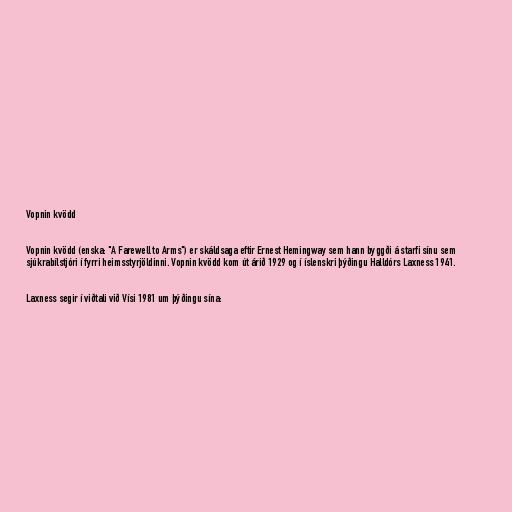
Vopnin kvödd

Vopnin kvödd (enska: "A Farewell to Arms") er skáldsaga eftir Ernest Hemingway sem hann byggði á starfi sínu sem
sjúkrabílstjóri í fyrri heimsstyrjöldinni. Vopnin kvödd kom út árið 1929 og í íslenskri þýðingu Halldórs Laxness 1941.

Laxness segir í viðtali við Vísi 1981 um þýðingu sína: